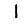
Digit: 1